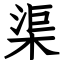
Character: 渠